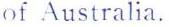
of Australia.